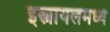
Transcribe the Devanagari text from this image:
इस्त्रायलमध्ये